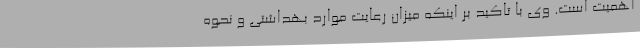
اهمیت است. وی با تاکید بر اینکه میزان رعایت موارد بهداشتی و نحوه